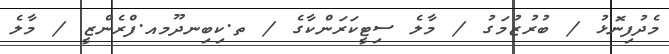
މެދުފިނޮޅު / ބުރުޒުމަގު / މާލެ ސިޓީކަރަންކާގެ / ތ.ކިބިނދޫމއ.ފްރެންޒީ / މާލެ